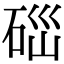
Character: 𥒤